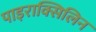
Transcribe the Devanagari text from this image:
पाइराक्सिलिन